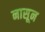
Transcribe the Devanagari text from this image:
नासून